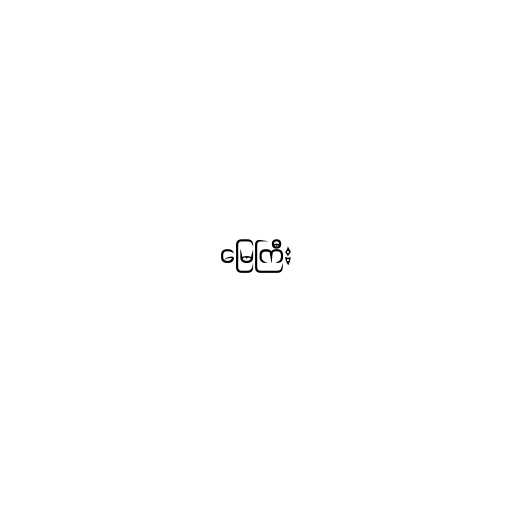
မြေကြီး